Report of the Municipal Commissioner on the plague in Bombay for the year ending 31st May... - Volume 3
Disease focus: Plague
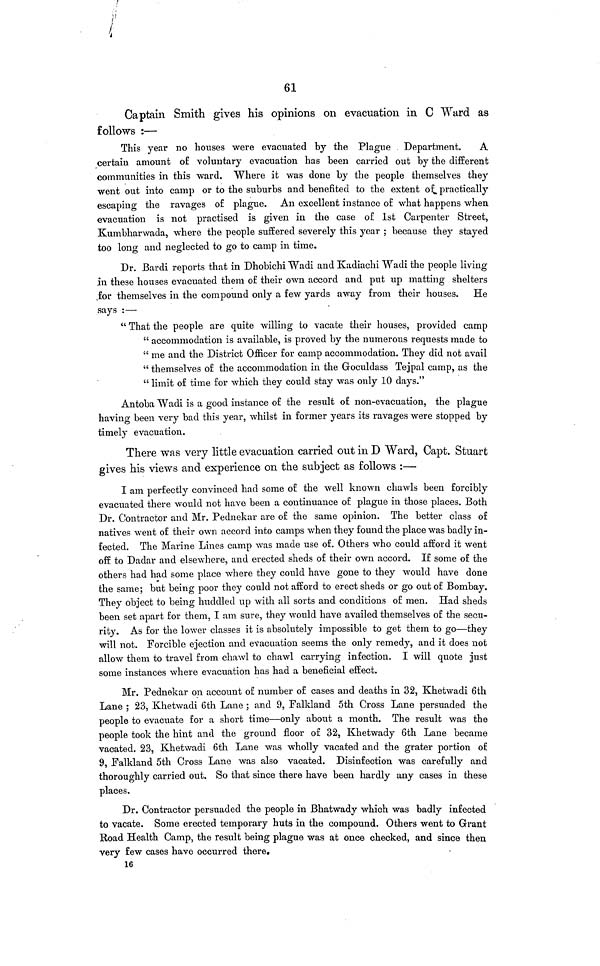
61
Captain Smith gives his opinions on evacuation in C Ward as
follows :—
This year no houses were evacuated by the Plague Department.
A
certain amount of voluntary evacuation has been carried out by the different
communities in this ward. Where it was done by the people themselves they
went out into camp or to the suburbs and benefited to the extent of practically
escaping the ravages o£ plague. An excellent instance o£ what happens when
evacuation is not practised is given in the case o£ 1st Carpenter Street,
Kumbharwada, where the people suffered severely this year ; because they stayed
too long and neglected to go to camp in time.
Dr. Bardi reports that in Dhobichi Wadi and Kadiachi Wadi the people living
in these houses evacuated them o£ their own accord and put up matting shelters
for themselves in the compound only a few yards away from their houses. He
says :—
"That the people are quite willing to vacate their houses, provided camp
"accommodation is available, is proved by the numerous requests made to
"me and the District Officer for camp accommodation. They did not avail
"themselves of the accommodation in the Goculdass Tejpal camp, as the
"limit of time for which they could stay was only 10 days."
Antoba Wadi is a good instance of the result o£ non-evacuation, the plague
having been very bad this year, whilst in former years its ravages were stopped by
timely evacuation.
There was very little evacuation carried out in D Ward, Capt. Stuart
gives his views and experience on the subject as follows :—
I am perfectly convinced had some of the well known chawls been forcibly
evacuated there would not have been a continuance of plague in those places. Both
Dr. Contractor and Mr. Pednekar are of the same opinion. The better class of
natives went of their own accord into camps when they found the place was badly in-
fected. The Marine Lines camp was made use of. Others who could afford it went
off to Dadar and elsewhere, and erected sheds of their own accord. If some of the
others had had some place where they could have gone to they would have done
the same; but being poor they could not afford to erect sheds or go out of Bombay.
They object to being huddled up with all sorts and conditions of men. Had sheds
been set apart for them, I am sure, they would have availed themselves of the secu-
rity. As for the lower classes it is absolutely impossible to get them to go—they
will not. Forcible ejection and evacuation seems the only remedy, and it does not
allow them to travel from chawl to chawl carrying infection. I will quote just
some instances where evacuation has had a beneficial effect.
Mr. Pednekar on account of number of cases and deaths in 32, Khetwadi 6th
Lane ; 23, Khetwadi 6th Lane ; and 9, Falkland 5th Cross Lane persuaded the
people to evacuate for a short time—only about a month. The result was the
people took the hint and the ground floor of 32, Khetwady 6th Lane became
vacated. 23, Khetwadi 6th Lane was wholly vacated and the grater portion of
9, Falkland 5th Cross Lane was also vacated. Disinfection was carefully and
thoroughly carried out. So that since there have been hardly any cases in these
places.
Dr. Contractor persuaded the people in Bhatwady which was badly infected
to vacate. Some erected temporary huts in the compound. Others went to Grant
Road Health Camp, the result being plague was at once checked, and since then
very few cases have occurred there,
16